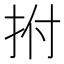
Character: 拊